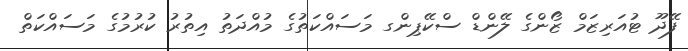
ފޭދޫ ޓުއަރިޒަމް ޒޯންގެ ލޭންޑް ސްކޭޕިންގ މަސައްކަތުގެ މުއްދަތު އިތުރު ކުރުމުގެ މަސައްކަތް